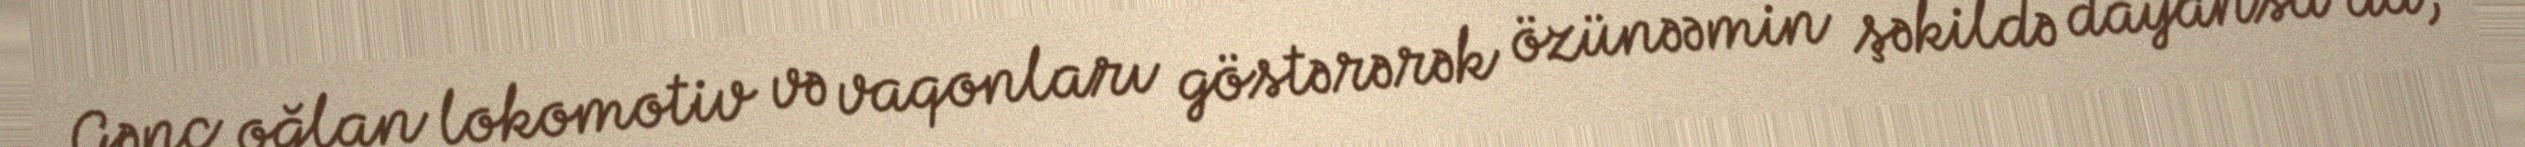
Gənc oğlan lokomotiv və vaqonları göstərərək özünəəmin şəkildə dayansa da,